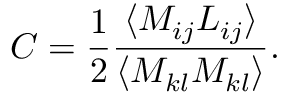
C = \frac { 1 } { 2 } \frac { \langle M _ { i j } L _ { i j } \rangle } { \langle M _ { k l } M _ { k l } \rangle } .